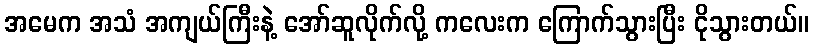
အမေက အသံ အကျယ်ကြီးနဲ့ အော်ဆူလိုက်လို့ ကလေးက ကြောက်သွားပြီး ငိုသွားတယ်။